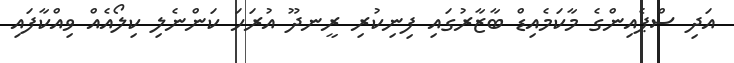
އަދި ސްޕެއިންގެ މާކަމެއިޑް ބާޒާރުގައި ފިނިކުރި ރީނދޫ އުރަހަ ކަންނެލި ކިލޯއެއް ވިއްކާފައި